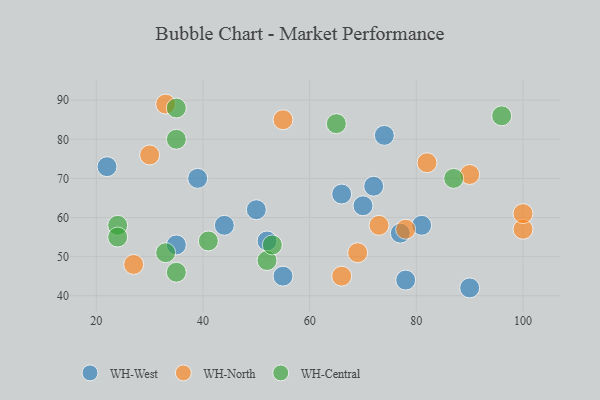
{"axis": {"x": "GDP", "y": "Life Expectancy"}, "legend": ["WH-Central", "WH-North", "WH-West"], "data": [{"x": "44", "y": 58, "type": "WH-West"}, {"x": "74", "y": 81, "type": "WH-West"}, {"x": "81", "y": 58, "type": "WH-West"}, {"x": "22", "y": 73, "type": "WH-West"}, {"x": "77", "y": 56, "type": "WH-West"}, {"x": "78", "y": 44, "type": "WH-West"}, {"x": "50", "y": 62, "type": "WH-West"}, {"x": "55", "y": 45, "type": "WH-West"}, {"x": "52", "y": 54, "type": "WH-West"}, {"x": "72", "y": 68, "type": "WH-West"}, {"x": "90", "y": 42, "type": "WH-West"}, {"x": "35", "y": 53, "type": "WH-West"}, {"x": "39", "y": 70, "type": "WH-West"}, {"x": "66", "y": 66, "type": "WH-West"}, {"x": "70", "y": 63, "type": "WH-West"}, {"x": "90", "y": 71, "type": "WH-North"}, {"x": "33", "y": 89, "type": "WH-North"}, {"x": "69", "y": 51, "type": "WH-North"}, {"x": "82", "y": 74, "type": "WH-North"}, {"x": "100", "y": 57, "type": "WH-North"}, {"x": "73", "y": 58, "type": "WH-North"}, {"x": "100", "y": 61, "type": "WH-North"}, {"x": "30", "y": 76, "type": "WH-North"}, {"x": "78", "y": 57, "type": "WH-North"}, {"x": "27", "y": 48, "type": "WH-North"}, {"x": "66", "y": 45, "type": "WH-North"}, {"x": "55", "y": 85, "type": "WH-North"}, {"x": "24", "y": 58, "type": "WH-Central"}, {"x": "35", "y": 88, "type": "WH-Central"}, {"x": "35", "y": 80, "type": "WH-Central"}, {"x": "33", "y": 51, "type": "WH-Central"}, {"x": "96", "y": 86, "type": "WH-Central"}, {"x": "87", "y": 70, "type": "WH-Central"}, {"x": "52", "y": 49, "type": "WH-Central"}, {"x": "41", "y": 54, "type": "WH-Central"}, {"x": "24", "y": 55, "type": "WH-Central"}, {"x": "65", "y": 84, "type": "WH-Central"}, {"x": "53", "y": 53, "type": "WH-Central"}, {"x": "35", "y": 46, "type": "WH-Central"}]}